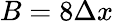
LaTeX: B=8\Delta x